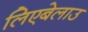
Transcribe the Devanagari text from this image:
लिएबेलाउ